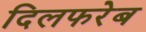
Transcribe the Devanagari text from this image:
दिलफरेब